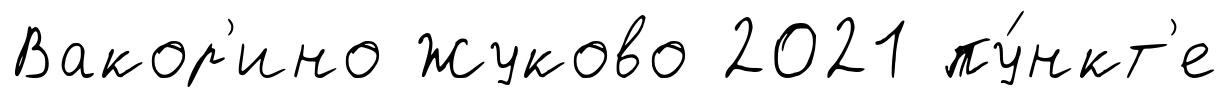
Вакор'ино Жуково 2021 пу́нкт'е